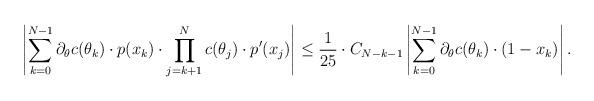
LaTeX: \begin{align*}\left| \sum \limits_{k=0}^{N-1} \partial_\theta c(\theta_k) \cdot p(x_k) \cdot \prod \limits_{j=k+1}^{N} c(\theta_j) \cdot p'(x_j) \right| &\leq\frac1{25} \cdot C_{N-k-1} \left| \sum \limits_{k=0}^{N-1} \partial_\theta c(\theta_k) \cdot (1-x_k) \right|.\end{align*}